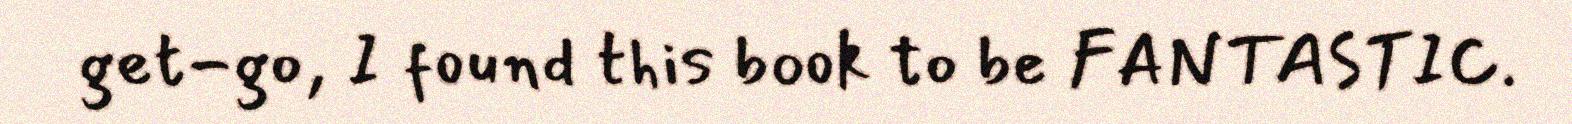
get-go, I found this book to be FANTASTIC.